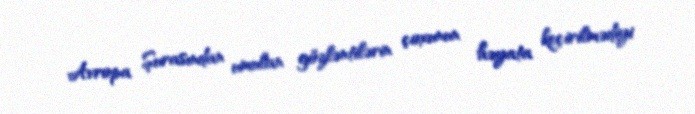
Avropa Şurasından umulan gözləntilərin çoxunun həyata keçirilmədiyi